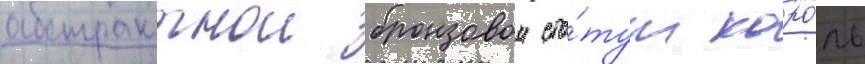
абстрактнои бронзовои ста́туи коро́ль